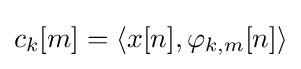
c_{k}[m]=\langle x[n],\varphi _{k,m}[n]\rangle